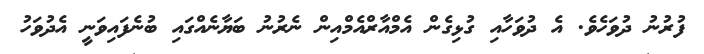
ފުރުނު ދުވަހެވެ. އެ ދުވަހާއި ގުޅިގެން އެމްއާރްއެމްއިން ނެރުނު ބަޔާނެއްގައި ބުނެފައިވަނީ އެދުވަހު